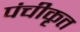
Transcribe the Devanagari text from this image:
पंचीकृत